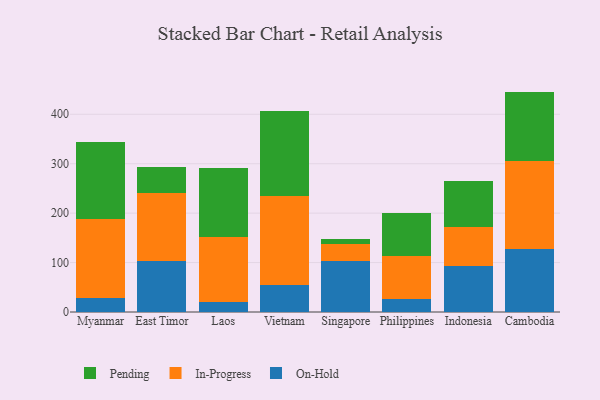
{"axis": {"x": "Country", "y": "Market Share (%)"}, "legend": ["In-Progress", "On-Hold", "Pending"], "data": [{"x": "Myanmar", "y": 27.4, "type": "On-Hold"}, {"x": "Myanmar", "y": 160.3, "type": "In-Progress"}, {"x": "Myanmar", "y": 156.5, "type": "Pending"}, {"x": "East Timor", "y": 103.4, "type": "On-Hold"}, {"x": "East Timor", "y": 138.1, "type": "In-Progress"}, {"x": "East Timor", "y": 51.1, "type": "Pending"}, {"x": "Laos", "y": 21.2, "type": "On-Hold"}, {"x": "Laos", "y": 131.4, "type": "In-Progress"}, {"x": "Laos", "y": 137.8, "type": "Pending"}, {"x": "Vietnam", "y": 54.8, "type": "On-Hold"}, {"x": "Vietnam", "y": 178.9, "type": "In-Progress"}, {"x": "Vietnam", "y": 173.7, "type": "Pending"}, {"x": "Singapore", "y": 102.6, "type": "On-Hold"}, {"x": "Singapore", "y": 35.4, "type": "In-Progress"}, {"x": "Singapore", "y": 10.4, "type": "Pending"}, {"x": "Philippines", "y": 26.7, "type": "On-Hold"}, {"x": "Philippines", "y": 87.5, "type": "In-Progress"}, {"x": "Philippines", "y": 86.2, "type": "Pending"}, {"x": "Indonesia", "y": 92.8, "type": "On-Hold"}, {"x": "Indonesia", "y": 79.1, "type": "In-Progress"}, {"x": "Indonesia", "y": 93.3, "type": "Pending"}, {"x": "Cambodia", "y": 128.2, "type": "On-Hold"}, {"x": "Cambodia", "y": 178.1, "type": "In-Progress"}, {"x": "Cambodia", "y": 139.6, "type": "Pending"}]}